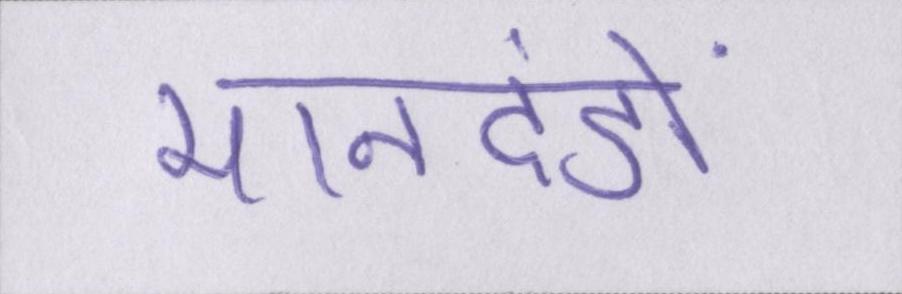
मानदंडों